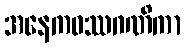
အနေကဝဿဂဏိကာ